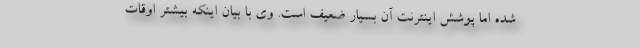
شده اما پوشش اینترنت آن بسیار ضعیف است. وی با بیان اینکه بیشتر اوقات